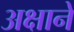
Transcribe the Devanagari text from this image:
अक्षाने